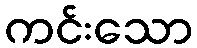
ကင်းသော